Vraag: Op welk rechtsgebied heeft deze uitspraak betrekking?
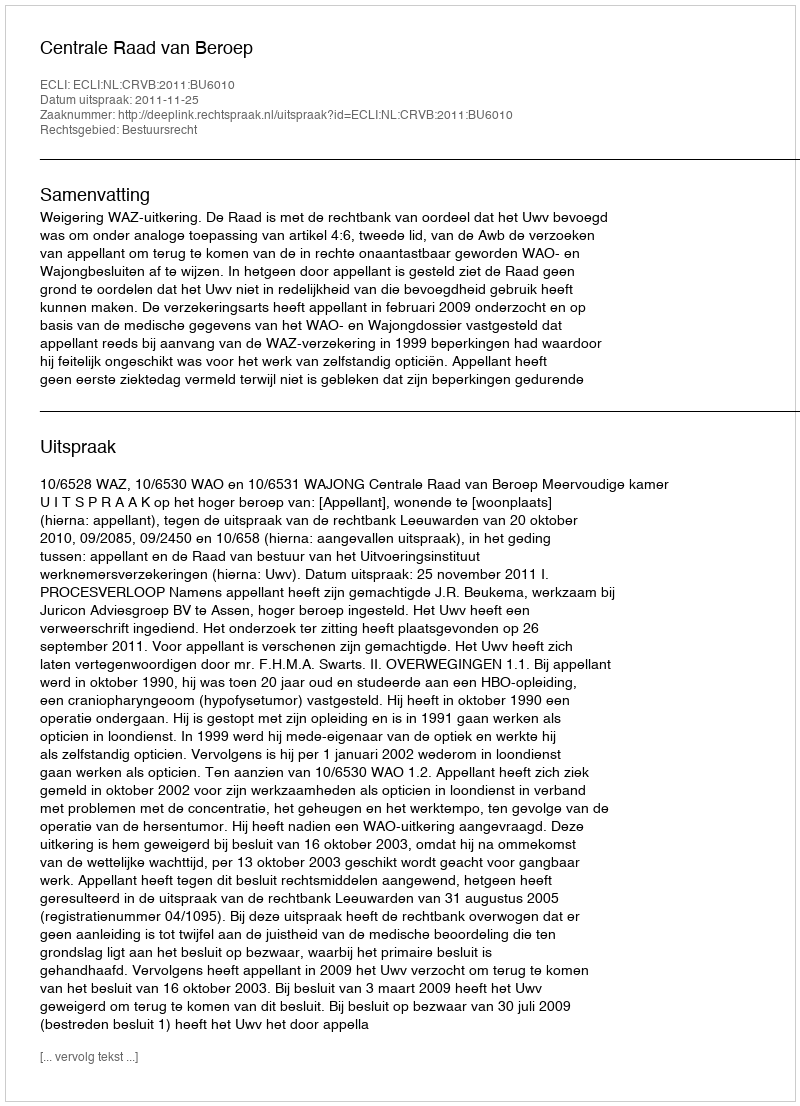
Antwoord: Bestuursrecht